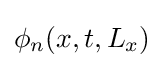
\phi _{n}(x,t,L_{x})